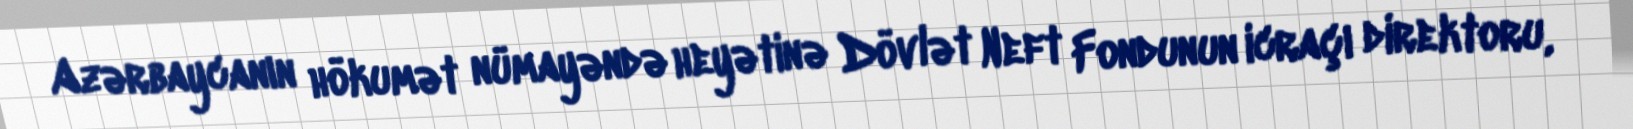
Azərbaycanın hökumət nümayəndə heyətinə Dövlət Neft Fondunun icraçı direktoru,